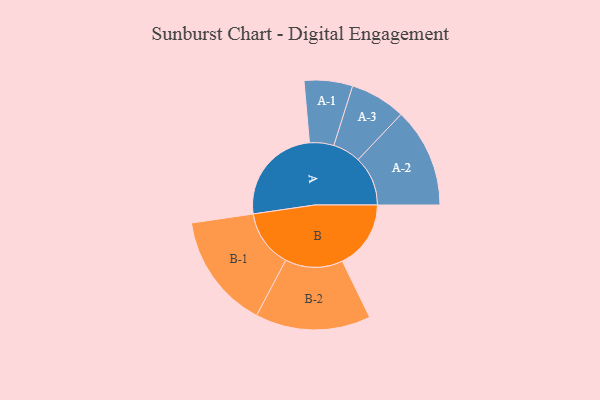
{"axis": {"x": "Segment", "y": "Value"}, "legend": ["", "A", "B"], "data": [{"x": "A", "y": 495, "type": ""}, {"x": "B", "y": 340, "type": ""}, {"x": "A-1", "y": 120, "type": "A"}, {"x": "A-2", "y": 247, "type": "A"}, {"x": "A-3", "y": 138, "type": "A"}, {"x": "B-1", "y": 286, "type": "B"}, {"x": "B-2", "y": 286, "type": "B"}]}